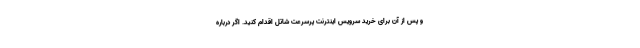
و پس از آن برای خرید سرویس اینترنت پرسرعت شاتل اقدام کنید. اگر درباره